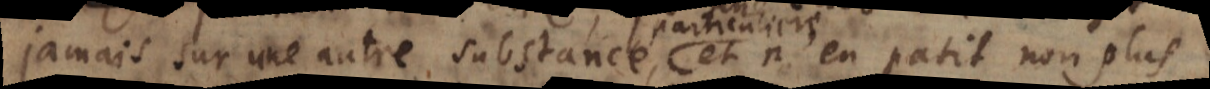
jamais sur une autre substance , et n’en patit non plus